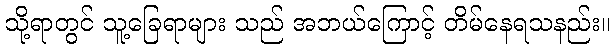
သို့ရာတွင် သူ့ခြေရာများ သည် အဘယ်ကြောင့် တိမ်နေရသနည်း။